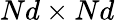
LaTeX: Nd\times Nd